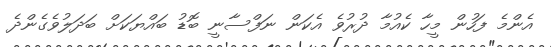
އެންމެ ފަހުން މީހާ ކެއުމާ ދުރުވެ އެކަން ނަފްސާނީ ބޮޑު ބައްޔަކަށް ބަދަލުވެގެންދެ